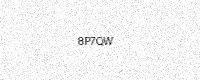
Text: 8P7QW